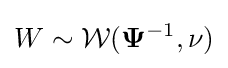
W\sim {\mathcal {W}}(\mathbf {\Psi } ^{-1},\nu )